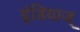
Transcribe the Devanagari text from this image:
इंडियाज्